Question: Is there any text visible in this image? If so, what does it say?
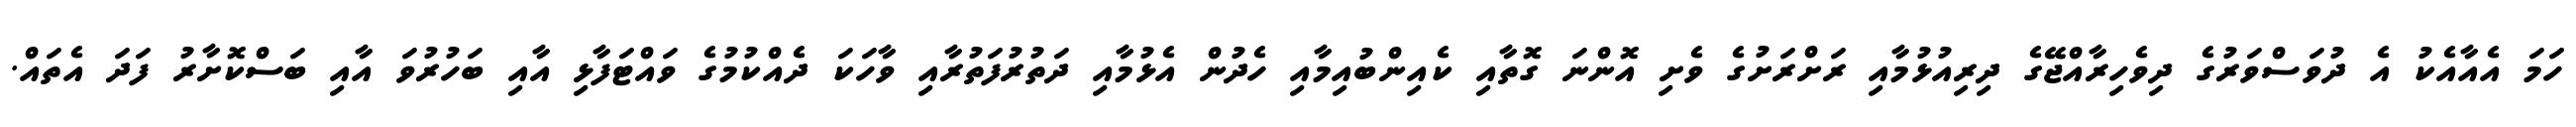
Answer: ހަމަ އެއާއެކު އެ ދުވަސްވަރުގެ ދިވެހިރާއްޖޭގެ ދިރިއުޅުމާއި ރަށްރަށުގެ ވެށި އޮންނަ ގޮތާއި ކެއިންބުއިމާއި ހެދުން އެޅުމާއި ދަތުރުފަތުރާއި ވާހަކަ ދެއްކުމުގެ ވައްޓަފާޅި އާއި ބަހުރުވަ އާއި ބަސްކޮށާރު ފަދަ އެތައް.